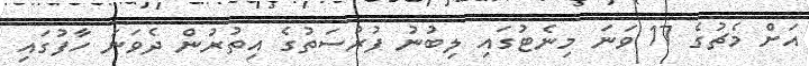
އަށް މެޗުގެ 17 ވަނަ މިނެޓުގައި ލިބުނު ފުރުސަތުގެ އިތުރުން ދެވަނަ ހާފުގައި